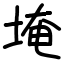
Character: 埯